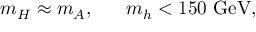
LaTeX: m _ { H } \approx m _ { A } , ~ ~ \quad m _ { h } < 1 5 0 ~ \mathrm { G e V } ,